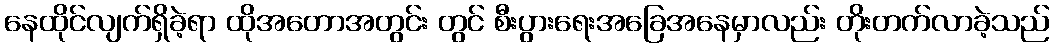
နေထိုင်လျက်ရှိခဲ့ရာ ထိုအတောအတွင်း တွင် စီးပွားရေးအခြေအနေမှာလည်း တိုးတက်လာခဲ့သည်